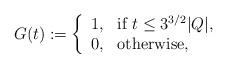
LaTeX: \begin{align*}G(t) := \left\{ \begin{array}{ll} 1, &\textrm{if }t \leq 3^{3/2}|Q|,\\0, &\textrm{otherwise},\end{array} \right.\end{align*}